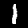
Label: 1